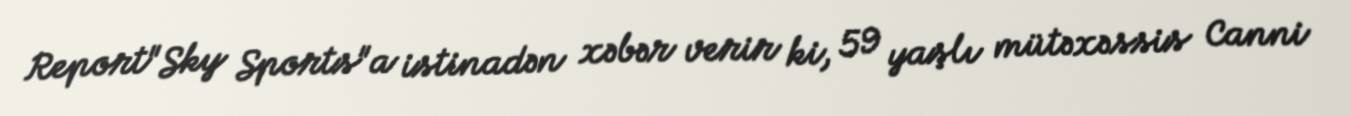
Report"Sky Sports"a istinadən xəbər verir ki, 59 yaşlı mütəxəssis Canni